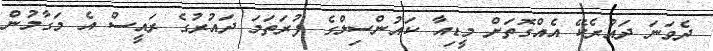
ދެވަނަ ދައުރެކޭ އެއްގޮތަށް މީޑިއާ ކައުންސިލްގެ ފުރަތަމަ ދައުރުގެ ރައީސް އެ މަގާމުން